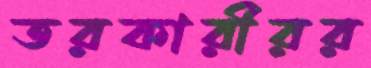
তরকারীরর